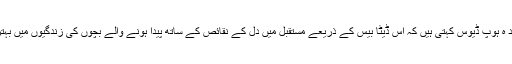
ڈیوس کی والد ہ ہوپ ڈیوس کہتی ہیں کہ اس ڈیٹا بیس کے ذریعے مستقبل میں دل کے نقائص کے ساتھ پیدا ہونے والے بچوں کی زندگیوں میں بہتری آئے گی ۔